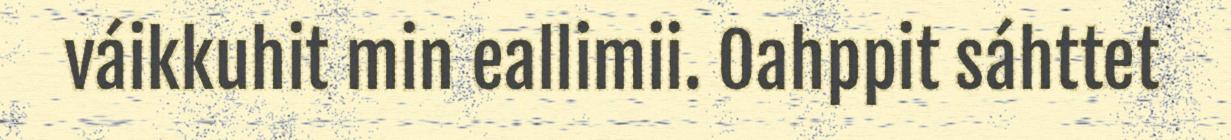
váikkuhit min eallimii. Oahppit sáhttet